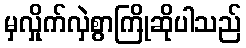
မှလှိုက်လှဲစွာကြိုဆိုပါသည်